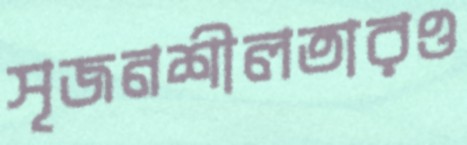
সৃজনশীলতারও